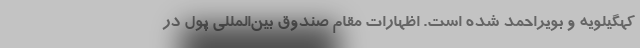
کهگیلویه و بویراحمد شده است. اظهارات مقام صندوق بین‌المللی پول در